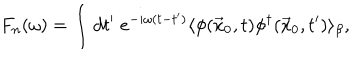
F _ { n } ( \omega ) = \int d t ^ { \prime } \; e ^ { - i \omega ( t - t ^ { \prime } ) } \langle \phi ( \vec { x } _ { 0 } , t ) \phi ^ { \dagger } ( \vec { x } _ { 0 } , t ^ { \prime } ) \rangle _ { \beta } ,